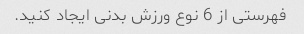
فهرستی از 6 نوع ورزش بدنی ایجاد کنید.